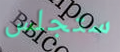
ستجلس